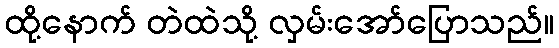
ထို့နောက် တဲထဲသို့ လှမ်းအော်ပြောသည်။